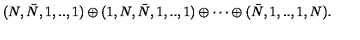
( N , \bar { N } , 1 , . . , 1 ) \oplus ( 1 , N , \bar { N } , 1 , . . , 1 ) \oplus \cdots \oplus ( \bar { N } , 1 , . . , 1 , N ) .